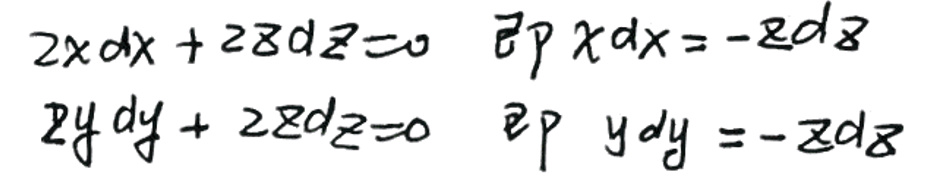
\begin{cases}\\
\(2x\mathrm{d}x + 2z\mathrm{d}z = 0\quad\)即\(\quad x\mathrm{d}x=-z\mathrm{d}z\)\\
\(2y\mathrm{d}y + 2z\mathrm{d}z = 0\quad\)即\(\quad y\mathrm{d}y=-z\mathrm{d}z\)\\
\end{cases}